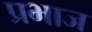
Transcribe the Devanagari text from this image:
प्रभाज